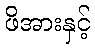
ဖိအားနှင့်